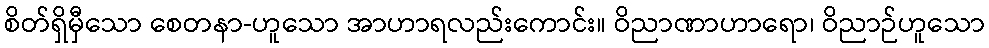
စိတ်ရှိမှီသော စေတနာ-ဟူသော အာဟာရလည်းကောင်း။ ဝိညာဏာဟာရော၊ ဝိညာဉ်ဟူသော